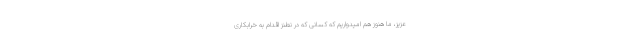
عزیز، ما هنوز هم امیدواریم که کسانی که در نطنز اقدام به خرابکاری